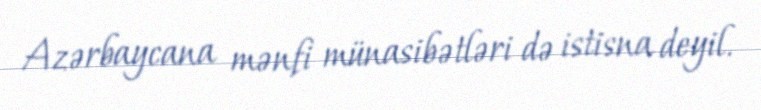
Azərbaycana mənfi münasibətləri də istisna deyil.